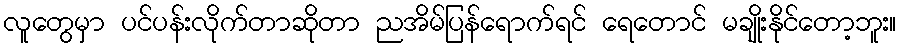
လူတွေမှာ ပင်ပန်းလိုက်တာဆိုတာ ညအိမ်ပြန်ရောက်ရင် ရေတောင် မချိုးနိုင်တော့ဘူး။